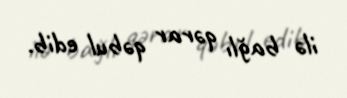
ilə bağlı qərar qəbul edib.